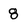
Character: 8